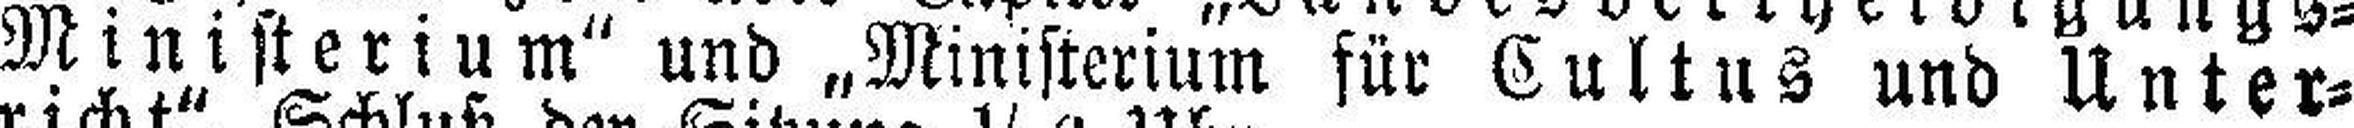
Ministerium" und „Ministerium für Cultus und Unter¬